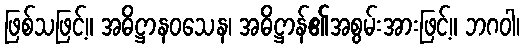
ဖြစ်သဖြင့်။ အဓိဋ္ဌာနဝသေန၊ အဓိဋ္ဌာန်၏အစွမ်းအားဖြင့်။ ဘဂဝါ၊